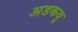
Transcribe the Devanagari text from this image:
अडकवू